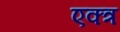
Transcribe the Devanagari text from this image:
एक्त्र